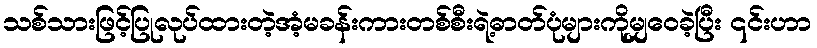
သစ်သားဖြင့်ပြုလုပ်ထားတဲ့အံ့မခန်းကားတစ်စီးရဲ့ဓာတ်ပုံများကိုမျှဝေခဲ့ပြီး ၎င်းဟာ